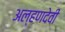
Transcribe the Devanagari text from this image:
अल्हणदेवी